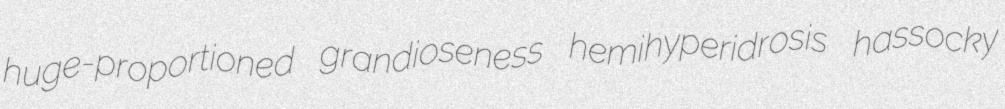
huge-proportioned grandioseness hemihyperidrosis hassocky